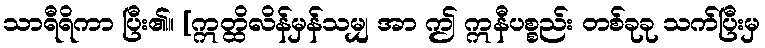
သာရီရိကာ ပြီး၏။ [ဣတ္ထိလိန်မှန်သမျှ အာ ဤ ဣနီပစ္စည်း တစ်ခုခု သက်ပြီးမှ